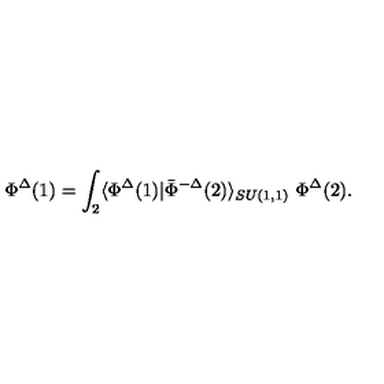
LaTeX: \Phi ^ { \Delta } ( 1 ) = \int _ { 2 } \langle \Phi ^ { \Delta } ( 1 ) | \bar { \Phi } ^ { - \Delta } ( 2 ) \rangle _ { S U ( 1 , 1 ) } \ \Phi ^ { \Delta } ( 2 ) .